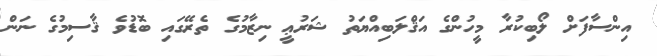
އިންސާފަށް ލޯބިކުރާ މީހުންގެ އަޤްލަބިއްޔަތު ޝަރުޢީ ނިޒާމުގެ ތެރޭގައި ބޮޑުވެ ޤާސިމުގެ ނަން